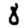
Digit: 8